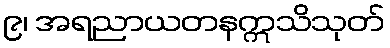
၉၊ အရညာယတနဣသိသုတ်